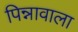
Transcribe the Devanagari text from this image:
पिन्नावाला